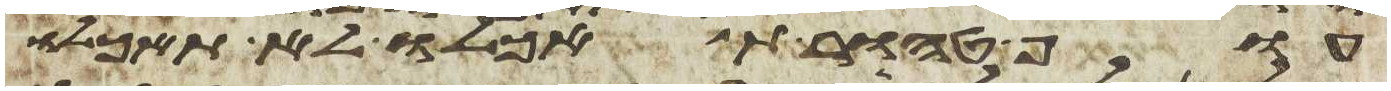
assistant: עוף טהור תאכלו לא תאכלו